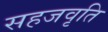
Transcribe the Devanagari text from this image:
सहजवृति